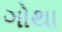
ગોથા